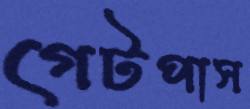
গেটপাস